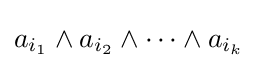
a_{i_{1}}\wedge a_{i_{2}}\wedge \cdots \wedge a_{i_{k}}